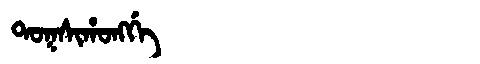
Manchu: ᡨᠣᡴᠰᡳᡥᠣᠩᡤᡝ
Romanization: TOKSIHONGGE